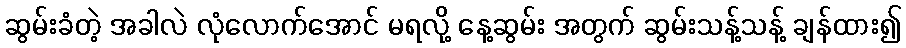
ဆွမ်းခံတဲ့ အခါလဲ လုံလောက်အောင် မရလို့ နေ့ဆွမ်း အတွက် ဆွမ်းသန့်သန့် ချန်ထား၍